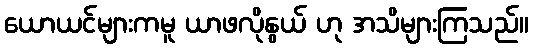
ယောယင်များကမူ ယာဖလိုနွယ် ဟု အသိများကြသည်။